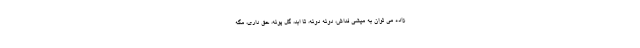
زاده می توان به میشی فداش، دونه دونه، تا ابد، گل پونه، حق داری، مگه